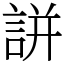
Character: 誁